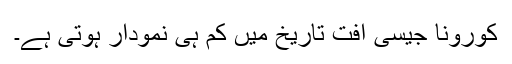
کورونا جیسی آفت تاریخ میں کم ہی نمودار ہوتی ہے۔